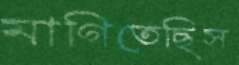
মাগিতেছিস